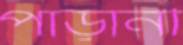
পাড়ানী